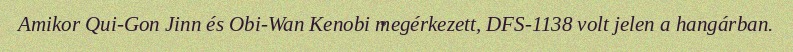
Amikor Qui-Gon Jinn és Obi-Wan Kenobi megérkezett, DFS-1138 volt jelen a hangárban.